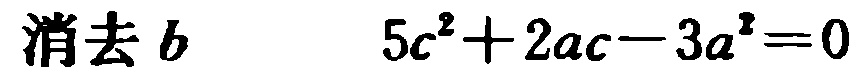
消去 \(b\) \(\quad 5c^{2}+2ac - 3a^{2}=0\)